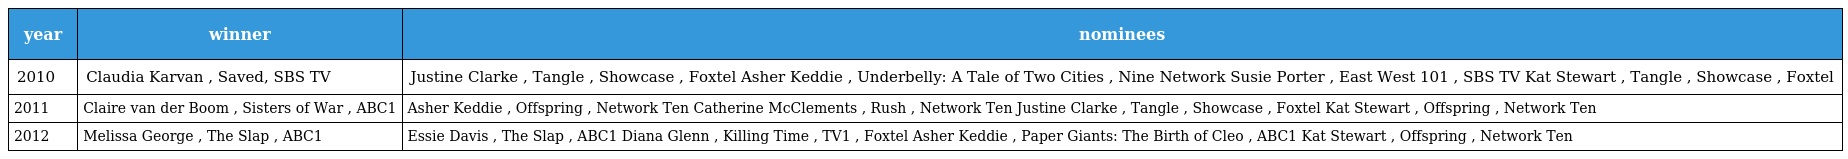
| year | winner | nominees |
 | --- | --- | --- |
 | 2010 | Claudia Karvan , Saved, SBS TV | Justine Clarke , Tangle , Showcase , Foxtel Asher Keddie , Underbelly: A Tale of Two Cities , Nine Network Susie Porter , East West 101 , SBS TV Kat Stewart , Tangle , Showcase , Foxtel |
 | 2011 | Claire van der Boom , Sisters of War , ABC1 | Asher Keddie , Offspring , Network Ten Catherine McClements , Rush , Network Ten Justine Clarke , Tangle , Showcase , Foxtel Kat Stewart , Offspring , Network Ten |
 | 2012 | Melissa George , The Slap , ABC1 | Essie Davis , The Slap , ABC1 Diana Glenn , Killing Time , TV1 , Foxtel Asher Keddie , Paper Giants: The Birth of Cleo , ABC1 Kat Stewart , Offspring , Network Ten |